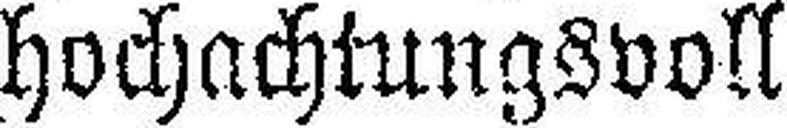
hochachtungsvoll